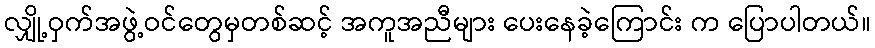
လျှို့ဝှက်အဖွဲ့ဝင်တွေမှတစ်ဆင့် အကူအညီများ ပေးနေခဲ့ကြောင်း က ပြောပါတယ်။